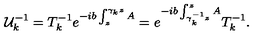
{ \cal U } _ { k } ^ { - 1 } = T _ { k } ^ { - 1 } e ^ { - i b \int _ { z } ^ { \gamma _ { k } z } A } = e ^ { - i b \int _ { \gamma _ { k } ^ { - 1 } z } ^ { z } A } T _ { k } ^ { - 1 } .